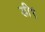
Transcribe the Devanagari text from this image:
डी९